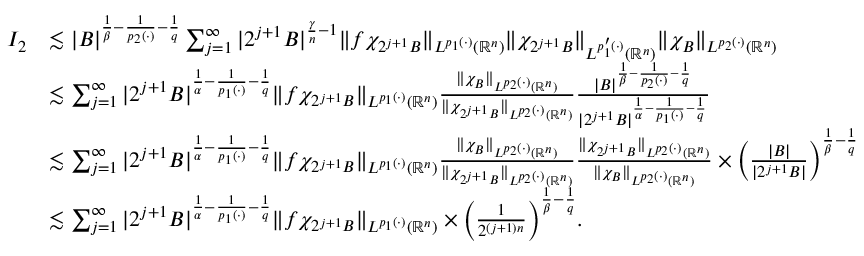
\begin{array} { r l } { I _ { 2 } } & { \lesssim | B | ^ { \frac { 1 } { \beta } - \frac { 1 } { p _ { 2 } ( \cdot ) } - \frac { 1 } { q } } \sum _ { j = 1 } ^ { \infty } | 2 ^ { j + 1 } B | ^ { \frac { \gamma } { n } - 1 } \| f \chi _ { 2 ^ { j + 1 } B } \| _ { L ^ { p _ { 1 } ( \cdot ) } ( \mathbb { R } ^ { n } ) } \| \chi _ { 2 ^ { j + 1 } B } \| _ { L ^ { p _ { 1 } ^ { \prime } ( \cdot ) } ( \mathbb { R } ^ { n } ) } \| \chi _ { B } \| _ { L ^ { p _ { 2 } ( \cdot ) } ( \mathbb { R } ^ { n } ) } } \\ & { \lesssim \sum _ { j = 1 } ^ { \infty } | 2 ^ { j + 1 } B | ^ { \frac { 1 } { \alpha } - \frac { 1 } { p _ { 1 } ( \cdot ) } - \frac { 1 } { q } } \| f \chi _ { 2 ^ { j + 1 } B } \| _ { L ^ { p _ { 1 } ( \cdot ) } ( \mathbb { R } ^ { n } ) } \frac { \| \chi _ { B } \| _ { L ^ { p _ { 2 } ( \cdot ) } ( \mathbb { R } ^ { n } ) } } { \| \chi _ { 2 ^ { j + 1 } B } \| _ { L ^ { p _ { 2 } ( \cdot ) } ( \mathbb { R } ^ { n } ) } } \frac { | B | ^ { \frac { 1 } { \beta } - \frac { 1 } { p _ { 2 } ( \cdot ) } - \frac { 1 } { q } } } { | 2 ^ { j + 1 } B | ^ { \frac { 1 } { \alpha } - \frac { 1 } { p _ { 1 } ( \cdot ) } - \frac { 1 } { q } } } } \\ & { \lesssim \sum _ { j = 1 } ^ { \infty } | 2 ^ { j + 1 } B | ^ { \frac { 1 } { \alpha } - \frac { 1 } { p _ { 1 } ( \cdot ) } - \frac { 1 } { q } } \| f \chi _ { 2 ^ { j + 1 } B } \| _ { L ^ { p _ { 1 } ( \cdot ) } ( \mathbb { R } ^ { n } ) } \frac { \| \chi _ { B } \| _ { L ^ { p _ { 2 } ( \cdot ) } ( \mathbb { R } ^ { n } ) } } { \| \chi _ { 2 ^ { j + 1 } B } \| _ { L ^ { p _ { 2 } ( \cdot ) } ( \mathbb { R } ^ { n } ) } } \frac { \| \chi _ { 2 ^ { j + 1 } B } \| _ { L ^ { p _ { 2 } ( \cdot ) } ( \mathbb { R } ^ { n } ) } } { \| \chi _ { B } \| _ { L ^ { p _ { 2 } ( \cdot ) } ( \mathbb { R } ^ { n } ) } } \times \bigg ( \frac { | B | } { | 2 ^ { j + 1 } B | } \bigg ) ^ { \frac { 1 } { \beta } - \frac { 1 } { q } } } \\ & { \lesssim \sum _ { j = 1 } ^ { \infty } | 2 ^ { j + 1 } B | ^ { \frac { 1 } { \alpha } - \frac { 1 } { p _ { 1 } ( \cdot ) } - \frac { 1 } { q } } \| f \chi _ { 2 ^ { j + 1 } B } \| _ { L ^ { p _ { 1 } ( \cdot ) } ( \mathbb { R } ^ { n } ) } \times \bigg ( \frac { 1 } { 2 ^ { ( j + 1 ) n } } \bigg ) ^ { \frac { 1 } { \beta } - \frac { 1 } { q } } . } \end{array}